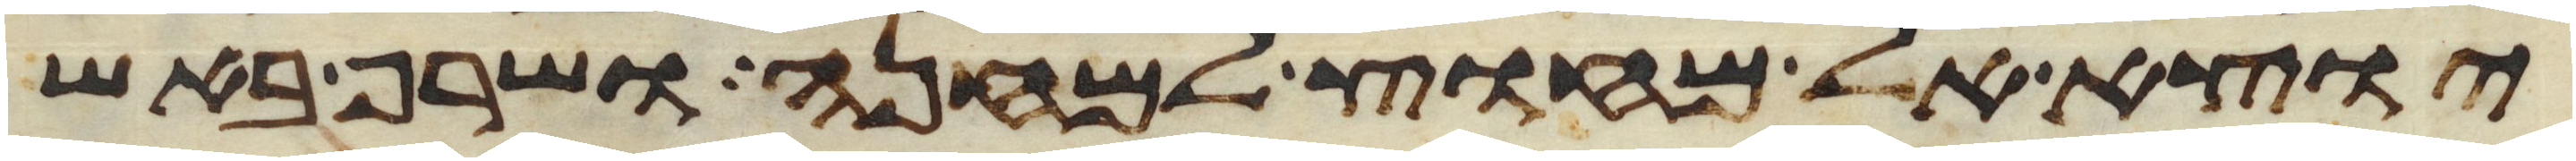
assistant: יוצא אל מחוץ למחנה ושרף באש